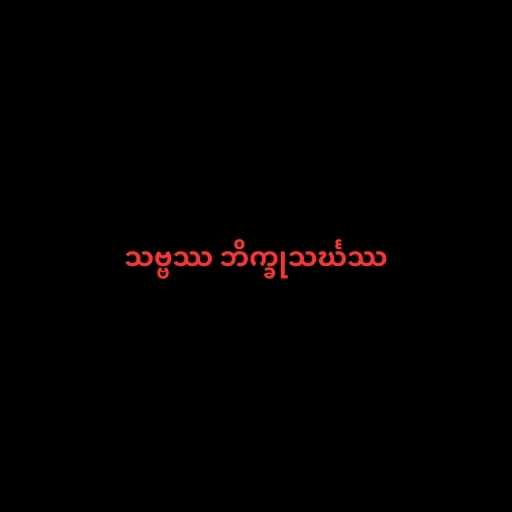
သဗ္ဗဿ ဘိက္ခုသင်္ဃဿ